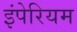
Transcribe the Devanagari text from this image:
इंपेरियम